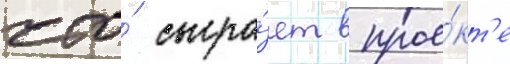
что́ сыгра́ет в прое́кт'е